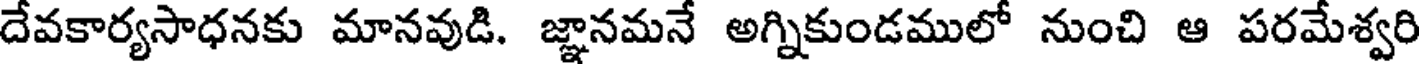
దేవకార్యసాధనకు మానవుడి. జ్ఞానమనే అగ్నికుండములో నుంచి ఆ పరమేశ్వరి